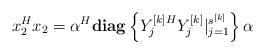
LaTeX: \begin{align*}x_{2}^{H}x_{2}=\alpha^{H}{\rm\bf diag}\left\{ Y_{j}^{[k]H}Y_{j}^{[k]}|_{j=1}^{s^{[k]}} \right\}\alpha \end{align*}